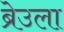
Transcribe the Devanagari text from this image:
ब्रेउला